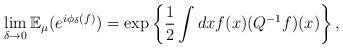
LaTeX: \begin{align*}\lim_{\delta \to 0}\mathbb{E}_\mu(e^{i\phi_\delta(f)}) = \exp\left\{\frac{1}{2}\int dxf(x)(Q^{-1}f)(x)\right\},\end{align*}